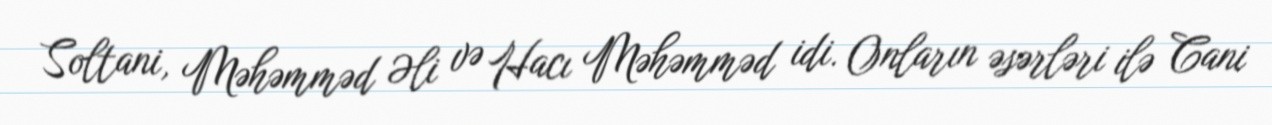
Soltani, Məhəmməd Əli və Hacı Məhəmməd idi. Onların əsərləri ilə Cani